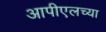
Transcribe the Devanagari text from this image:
आपीएलच्या